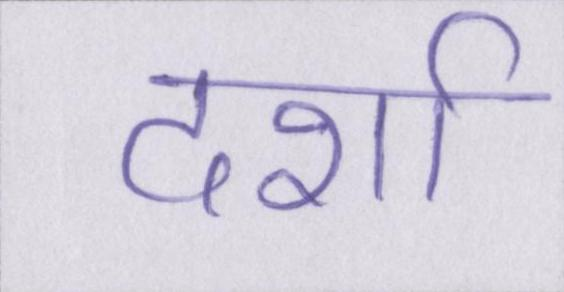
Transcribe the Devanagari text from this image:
दर्शा